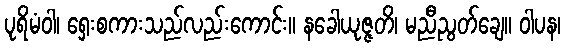
ပုရိမံဝါ၊ ရှေးစကားသည်လည်းကောင်း။ နခေါယုဇ္ဇတိ၊ မညီညွတ်ချေ။ ဝါပန၊